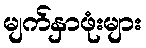
မျက်နှာဖုံးများ